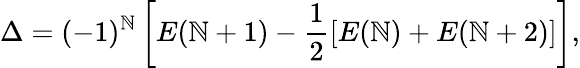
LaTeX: \Delta=(-1)^{\mathbb{N}}\left[E(\mathbb{N}+1)-\frac{{1}}{{2}}\left[E(\mathbb{N})+E(\mathbb{N}+2)\right]\right],